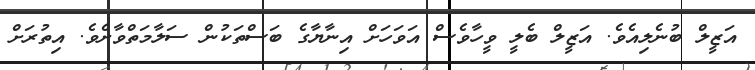
އަޒީލް ބުނެެެެެެެެލިއެވެ. އަޒީލް ބެލީ ވީހާވެސް އަވަހަށް އިނާޔާގެ ބަސްތަކުން ސަލާމަތްވާށެވެ. އިތުރަށް